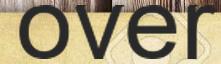
over